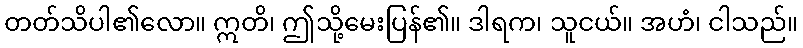
တတ်သိပါ၏လော။ ဣတိ၊ ဤသို့မေးပြန်၏။ ဒါရက၊ သူငယ်။ အဟံ၊ ငါသည်။